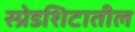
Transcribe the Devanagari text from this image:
स्प्रेडशिटातील